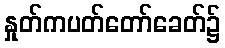
နှုတ်ကပတ်တော်ခေတ်၌